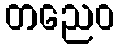
တညေဝ